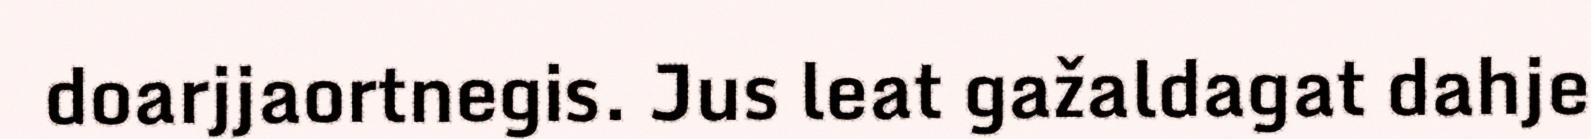
doarjjaortnegis. Jus leat gažaldagat dahje